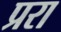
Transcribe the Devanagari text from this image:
प्ररा